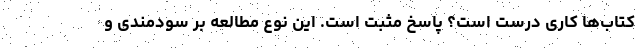
کتاب‌ها کاری درست است؟ پاسخ مثبت است. این نوع مطالعه بر سودمندی و